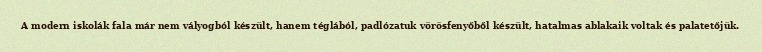
A modern iskolák fala már nem vályogból készült, hanem téglából, padlózatuk vörösfenyőből készült, hatalmas ablakaik voltak és palatetőjük.